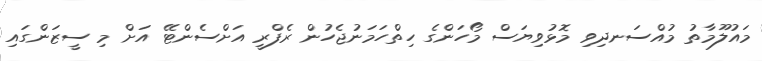
މައުލޫމާތު މުއްސަނދިވި މޮޅުވިޔަސް މޯހަންގެ ހިތްހަމަނުޖެހުން ރެފްރީ އަށްސެންޓޭ އަށް މި ސީޒަންގައި